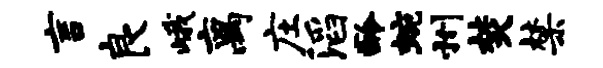
言良峨离庄滔龄蜿州焚禁